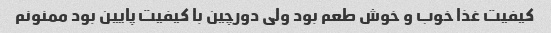
کیفیت غذا خوب و خوش طعم بود ولی دورچین با کیفیت پایین بود ممنونم